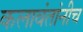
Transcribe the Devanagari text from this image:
कलावंतांनीच